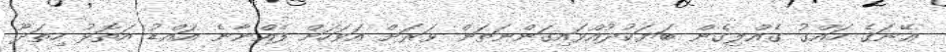
ޢޭނަގެ ހައްގު ގެއްލިގެން ބަޔަކުދުއްވައިގަންނަތަން ވަރަށް އަވަހަށް ފެއްނާނެ އައްޑު އަތޮޅު ހިތަދޫ